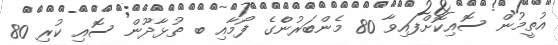
އުތީމުން ސޮއިކޮށްފައިވާ 80 މެންބަރުންެގެ ފޯމާއި ބ ތުޅާދޫން ސޮއި ކުރި 80